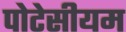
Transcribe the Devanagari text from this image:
पोटेसीयम